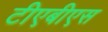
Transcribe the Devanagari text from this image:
टीएबीएस